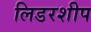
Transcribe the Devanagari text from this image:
लिडरशीप